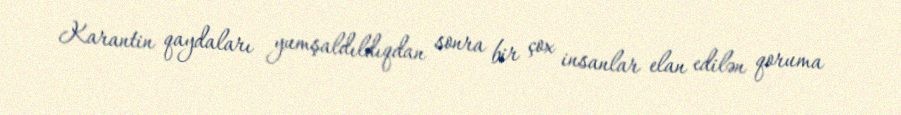
Karantin qaydaları yumşaldıldıqdan sonra bir çox insanlar elan edilən qoruma